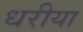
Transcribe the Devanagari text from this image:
धरीया